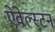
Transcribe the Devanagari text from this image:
ऐवेल्स्टन